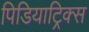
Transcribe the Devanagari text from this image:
पिडियाट्रिक्स